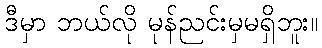
ဒီမှာ ဘယ်လို မုန်ညင်းမှမရှိဘူး။